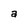
Character: a